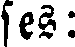
ses: